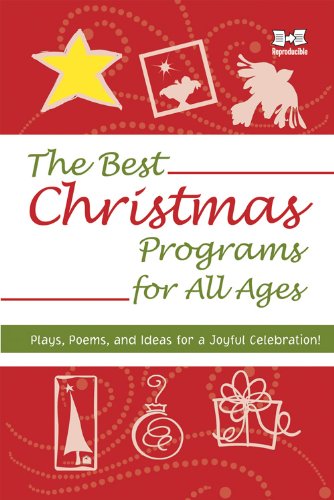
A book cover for The Best Christmas Programs for All Ages; Christian Books & Bibles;